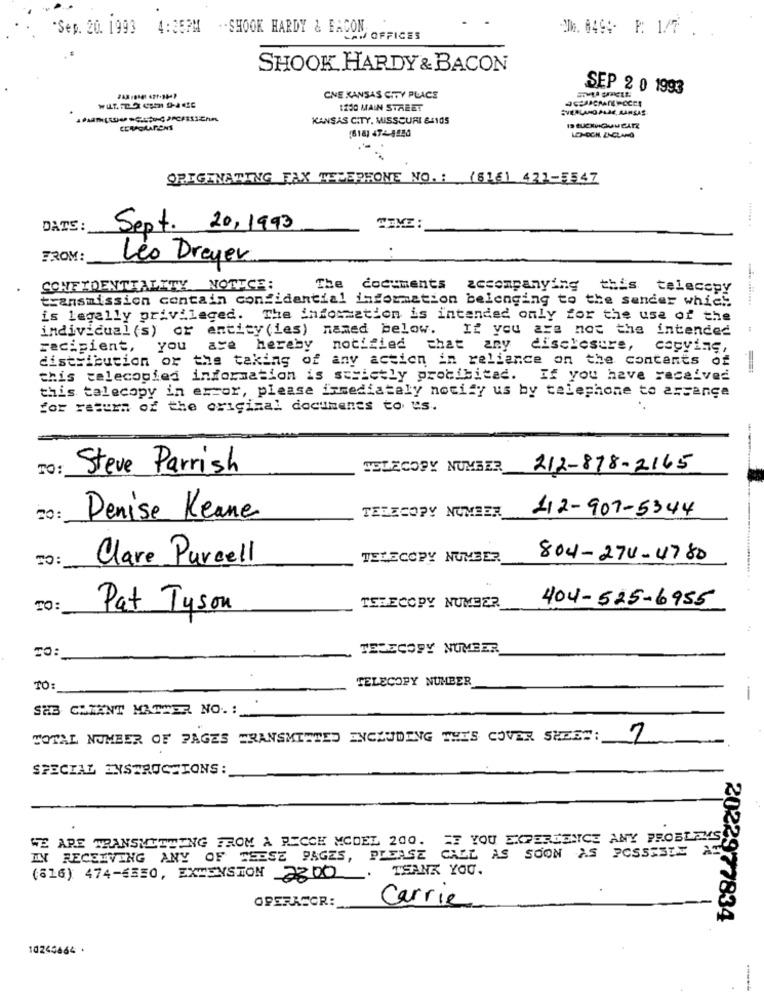
"Sep. 20. 1993 4:35PM -- SHOOK HARDY & FACON
De. 049: P: 1/7
OFFICES
SHOOK HARDY & BACON
SEP 2 0 1993
CNE KANSAS CITY PLACE
1230 MAIN STREET
SVIERLAND PUJE AARSAS
KANSAS CITY, MISSOURI 64105
LE-OCH ZACLANG
ORIGINATING FAX TELEPHONE NO. : (816) 421-5547
DATE
Sept. 20,1993
TIME :
FROM :
Leo Dreyer
CONFIDENTIALITY NOTICE:
The documents accompanying
this telecopy
transmission contain confidential information belonging to the sender which
is legally privileged.
The information is intended only for the use of the
individual (s) or entity(ies) named below. If you are not the intended
1
recipient, you
are hereby notified that any
disclosure, copyin
distribution or the taking of any action in reliance on the contents of
this telecopied information is strictly probibitad. If you have received
this talecopy in error, please immediately notify us by telephone to assange
for return of the original documents to us.
---
Steve Parrish
TELECOPY NUMBER
212-878-2165
TELECOPY NUMBER
42-907-5344
TO :
Denise Keane
TO :
Clare Purcell
TELECOPY NUMBER
804-270-4780
404-525-6955
TO:
Pat Tyson
TELECOPY NUMBER
TO:
TESECOPY NUMBER
TELECOPY NUMBER
TO :
-
SAB CHIANT MATHER NO. :
TOTAL NUMBER OF PAGES TRANSMITTED INCLUDING THIS COVER SHEET:
SPECIAL INSTRUCTIONS :
WE ARE TRANSMITTING FROM A PECCH MCDEL 200.
EF YOU EXPERIENCE ANY PROBLEMS,
IN RECEIVING ANY OF THESE PAGES, PLEASE CALL AS SOON AS POSSIBLE A
THANK YOU.
(616) 474-6550, EXTENSION 2300
OPERATOR:
Carrie
2022977834
10245664 +
-